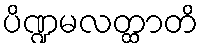
ပိဏ္ဍမလတ္ထာတိ